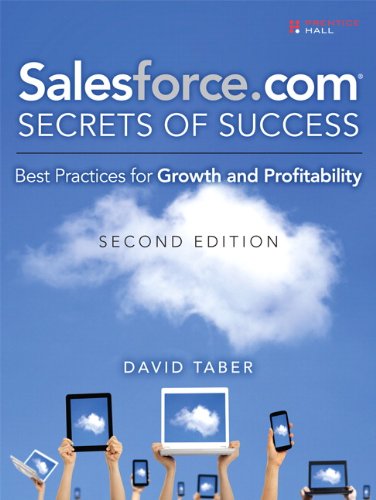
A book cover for Salesforce.com Secrets of Success: Best Practices for Growth and Profitability (2nd Edition); David Taber; Computers & Technology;